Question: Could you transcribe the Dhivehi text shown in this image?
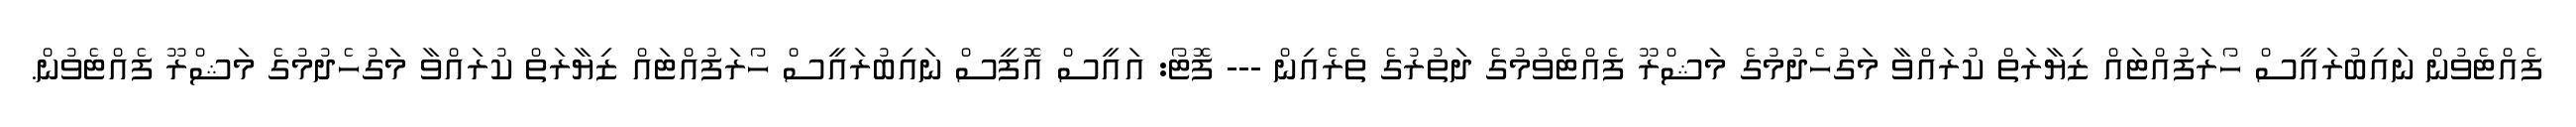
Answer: ފެއްޓެވުން ނައިބުރައީސް ހޯރަފުއްޓައް ޒިޔާރަތް ކުރައްވާ މަގުހެދުމުގެ މަޝްރޫ ފެއްޓެވުމުގެ ދަތުރުގެ ތެރެއިން --- ފޮޓޯ: އައީސް އޮފީސް ނައިބުރައީސް ހޯރަފުއްޓައް ޒިޔާރަތް ކުރައްވާ މަގުހެދުމުގެ މަޝްރޫ ފެއްޓެވުން.